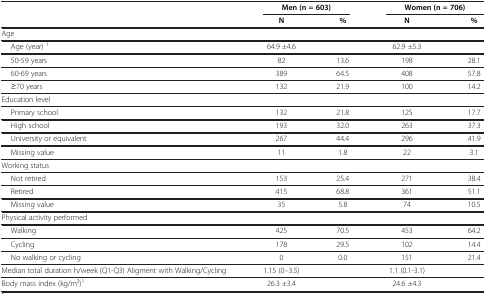
<table><thead><tr><td rowspan="2"><b> </b></td><td colspan="2"><b>Men (n = 603)</b></td><td colspan="2"><b>Women (n = 706)</b></td></tr><tr><td><b>N</b></td><td><b>%</b></td><td><b>N</b></td><td><b>%</b></td></tr></thead><tbody><tr><td>Age</td><td> </td><td> </td><td> </td><td> </td></tr><tr><td>Age (year) <sup>1</sup></td><td>64.9 ±4.6</td><td> </td><td>62.9 ±5.3</td><td> </td></tr><tr><td>50-59 years</td><td>82</td><td>13.6</td><td>198</td><td>28.1</td></tr><tr><td>60-69 years</td><td>389</td><td>64.5</td><td>408</td><td>57.8</td></tr><tr><td>≥70 years</td><td>132</td><td>21.9</td><td>100</td><td>14.2</td></tr><tr><td>Education level</td><td> </td><td> </td><td> </td><td> </td></tr><tr><td>Primary school</td><td>132</td><td>21.8</td><td>125</td><td>17.7</td></tr><tr><td>High school</td><td>193</td><td>32.0</td><td>263</td><td>37.3</td></tr><tr><td>University or equivalent</td><td>267</td><td>44.4</td><td>296</td><td>41.9</td></tr><tr><td>Missing value</td><td>11</td><td>1.8</td><td>22</td><td>3.1</td></tr><tr><td>Working status</td><td> </td><td> </td><td> </td><td> </td></tr><tr><td>Not retired</td><td>153</td><td>25.4</td><td>271</td><td>38.4</td></tr><tr><td>Retired</td><td>415</td><td>68.8</td><td>361</td><td>51.1</td></tr><tr><td>Missing value</td><td>35</td><td>5.8</td><td>74</td><td>10.5</td></tr><tr><td>Physical activity performed</td><td> </td><td> </td><td> </td><td> </td></tr><tr><td>Walking</td><td>425</td><td>70.5</td><td>453</td><td>64.2</td></tr><tr><td>Cycling</td><td>178</td><td>29.5</td><td>102</td><td>14.4</td></tr><tr><td>No walking or cycling</td><td>0</td><td>0.0</td><td>151</td><td>21.4</td></tr><tr><td>Median total duration h/week (Q1-Q3) Aligment with Walking/Cycling</td><td>1.15 (0–3.5)</td><td> </td><td>1.1 (0.1-3.1)</td><td> </td></tr><tr><td>Body mass index (kg/m2)<sup>1</sup></td><td>26.3 ±3.4</td><td> </td><td>24.6 ±4.3</td><td> </td></tr></tbody></table>